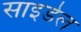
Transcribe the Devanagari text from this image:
साइडेल